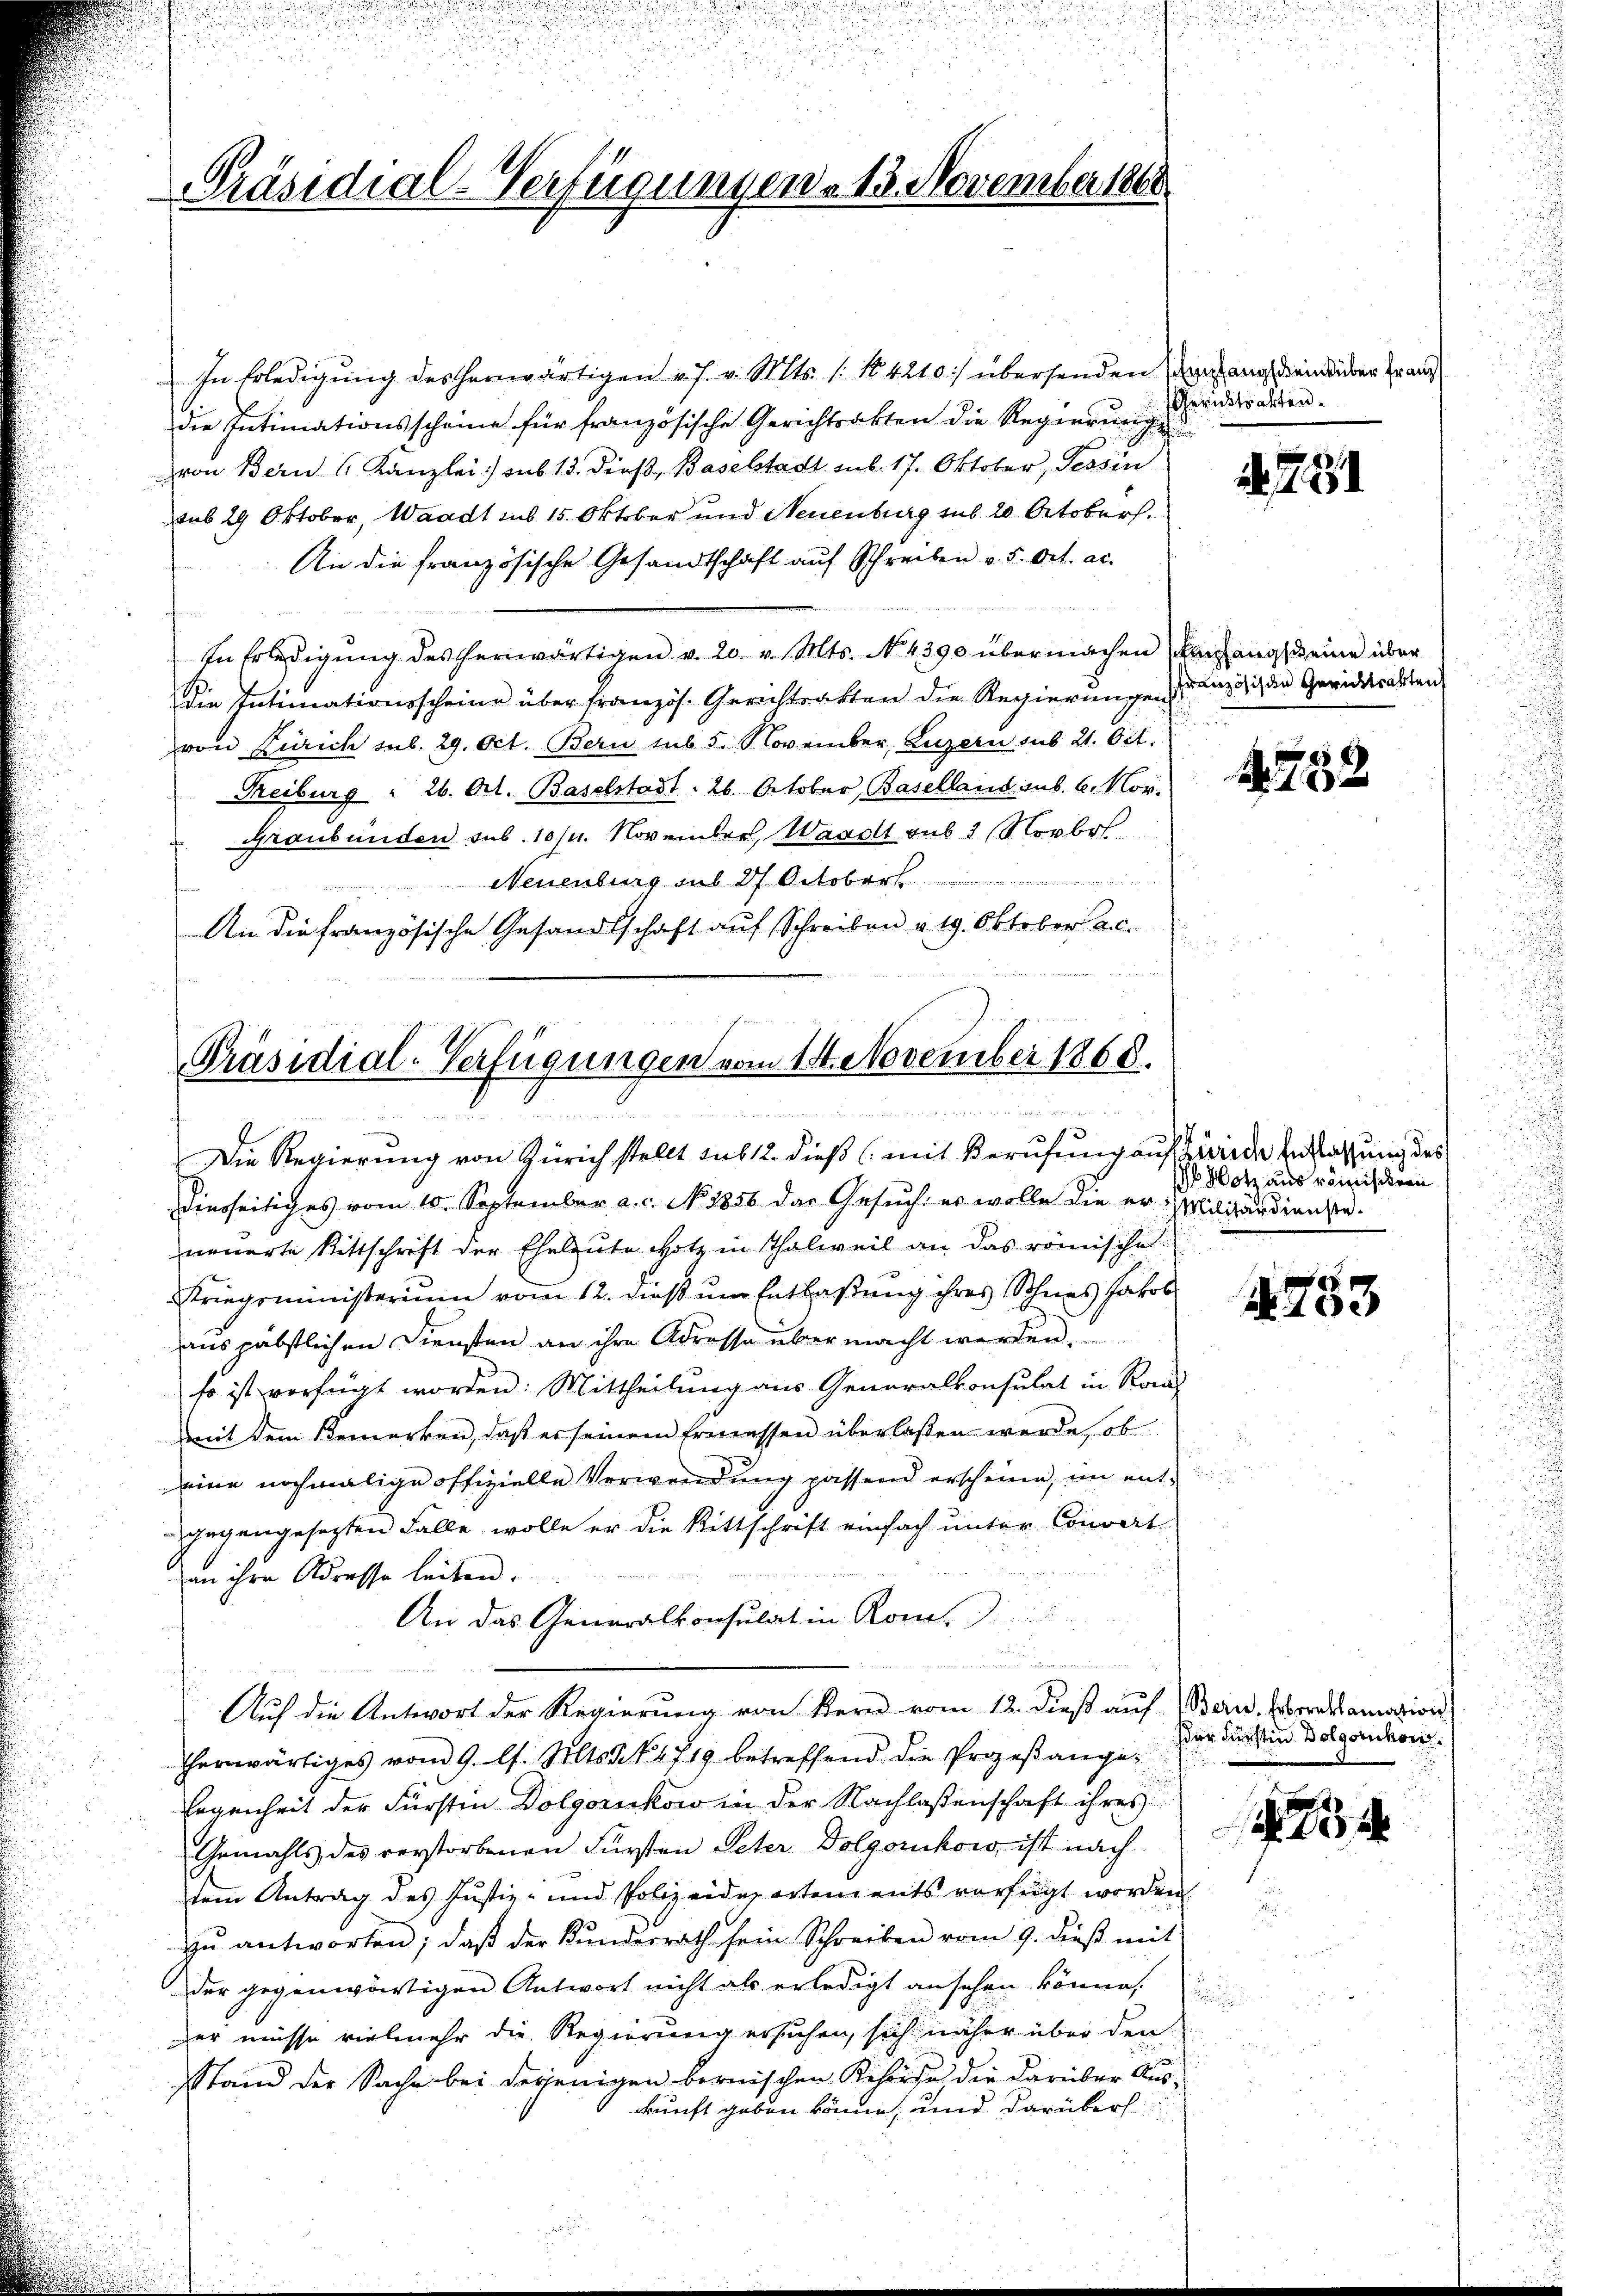
Präsidial-Verfügungen. 13. November 1865.

In Erledigung des herwärtigen v. J. v. Mts. 1. No. 4210/ übersenden Verfangs ein über franz
die Intimationsscheine für französische Gerichtsakten die Regierungen
von Bern Kanzlei sub 13. dies, Baselstadt sub. 17. Oktober, Tessin
rub 29 Oktober, Waadt sub 15. Oktober und Neuenburg sub 20 October.
An die französische Gesandtschaft aŭf Schreiben v. 5. Oct. ac.
n
In Erledigŭng des herwärtigen v. 20. v. Mts. No. 4390 übermachen Umgangseine über
die Intimationsscheine über französ. Gerichtsakten die Regierungen dich den Gewiderarten
von Zürich sub. 29. Oct. Bern sub 5. November, Luzern sub 21. Oct.
Treiburg " 26. Oct. Baselstadt . 26. October, Baselland sub. 6. Nov.
 Graubünden sub. 10 f. November, Waadt sub 3 Novbr.
u
Neuenburg sub 27 October
An die Französische Gesandtschaft auf Schreiben v. 19. Oktober a. c.

Präsidial-Verfügungen vom 14. November 1868.

1
e
Die Regierung von Zürich stellt sub 12. dieß (mit Berufung auf Zurede Entlassung des

Gerichtsakten.

dinsseitiges vom 10. September a. c. No. 1856 das Gesŭch, es wolle die er Militärdienste
neuerte Rittschrift der Eheleute Hotz in Thalweil an das römische
Kriegsministerium vom 12. dieß um Entlaßung ihres Schnes Jakob
aus päbstlichen Diensten an ihre Adresse über macht werden.
so ist verfügt worden. Mittheilung aus Generalkonsulat in Raus
mit dem Bemerken, daß es seinem Ermessen überlaßen werde, ob
eine nochmalige offizielle Verwendung passend erscheine, im entgegengesetzten Falle wolle er die Bittschrift einfach unter Convert
an ihre Adresse leiten.
An das Generalkonsulat in Kon-
s
u
Auf die Antwort der Regierung von Kern vom 12. dieß auf Bern, Oberatamazions
herwärtiges vom 9. l. Mts. S. 1719 betreffend die Prozeβange¬
Ergenheit der Fürstin Dolgornckow in der Nachlaßenschaft ihres
Gemahls des verstorbenen Fürsten Peter Dolgorukow, ist nach
dein Antrag des Justiz- und Polizeidepartements vorfiigt worden.
zŭ antworten; daß der Kundesrath sein Schreiben vom 9. dieß mit
der gegenwärtigen Antwort nicht als erledigt ansehen könne.
zer müsse vielmehr die Regierung ersuchen, sich näher über den
Stand der Sache bei derjenigen bernischen Behörde die darüber Aus-
kkunft geben könne, und darüberl

. 781

1782

Hotz aus römischern

x
 100

Der Fürstin Dolgotikon.

1